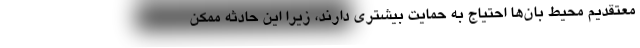
معتقدیم محیط بان‌ها احتیاج به حمایت بیشتری دارند، زیرا این حادثه ممکن